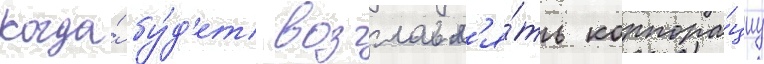
когда́ бу́д'ет возглавл'я́ть корпора́циу